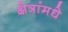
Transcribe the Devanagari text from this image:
क्षेत्रांमधे